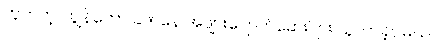
ဟုတ်ကဲ့၊ ကျွန်တော် ခဏနေ အဖျားပျောက်ဆေးပြား ယူလာခဲ့ပါမယ်။